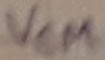
Text: VCM